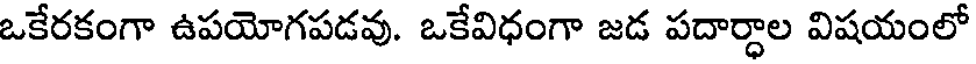
ఒకేరకంగా ఉపయోగపడవు. ఒకేవిధంగా జడ పదార్ధాల విషయంలో